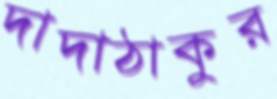
দাদাঠাকুর